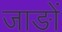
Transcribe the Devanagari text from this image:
जाङों